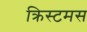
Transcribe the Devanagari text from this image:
क्रिस्टमस